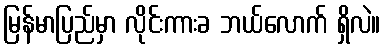
မြန်မာပြည်မှာ လိုင်းကားခ ဘယ်လောက် ရှိလဲ။